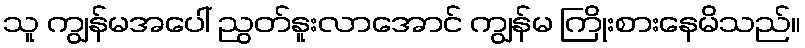
သူ ကျွန်မအပေါ် ညွတ်နူးလာအောင် ကျွန်မ ကြိုးစားနေမိသည်။